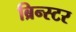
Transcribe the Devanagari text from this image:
ब्रिन्स्टर